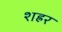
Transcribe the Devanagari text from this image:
शह्रर